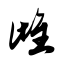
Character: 雌